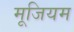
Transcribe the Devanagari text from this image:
मूजियम